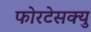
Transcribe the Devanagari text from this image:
फोरटेसक्यु